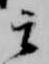
云